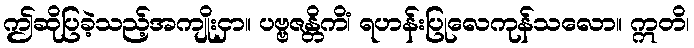
ဤဆိုပြခဲ့သည့်အကျိုးငှာ။ ပဗ္ဗဇန္တိကိံ၊ ရဟန်းပြုလေကုန်သလော။ ဣတိ၊